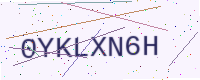
Text: 0YKLXN6H